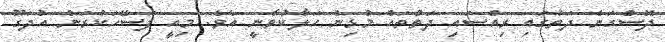
ދޮސްގަނެ ދަތުގައި ރިއްސައި ދަތްތައް މުޅިން ހަލާކުވާނީ އެވެ. މިއީ ފަސޭހަކުރަން އުދަގޫ